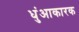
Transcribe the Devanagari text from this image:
धुंआकारक